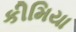
કીમિયા